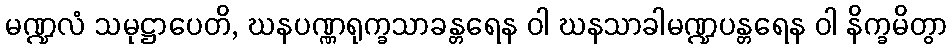
မဏ္ဍလံ သမုဋ္ဌာပေတိ, ဃနပဏ္ဏရုက္ခသာခန္တရေန ဝါ ဃနသာခါမဏ္ဍပန္တရေန ဝါ နိက္ခမိတွာ